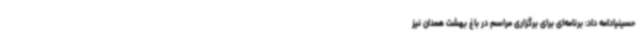
حسینیادامه داد: برنامه‌ای برای برگزاری مراسم در باغ بهشت همدان نیز